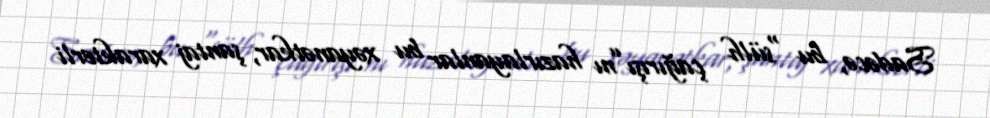
Sadəcə, bu “sülh çağırışı”nı hazırlayanlar bu xəyanətkar, şantaj xarakterli